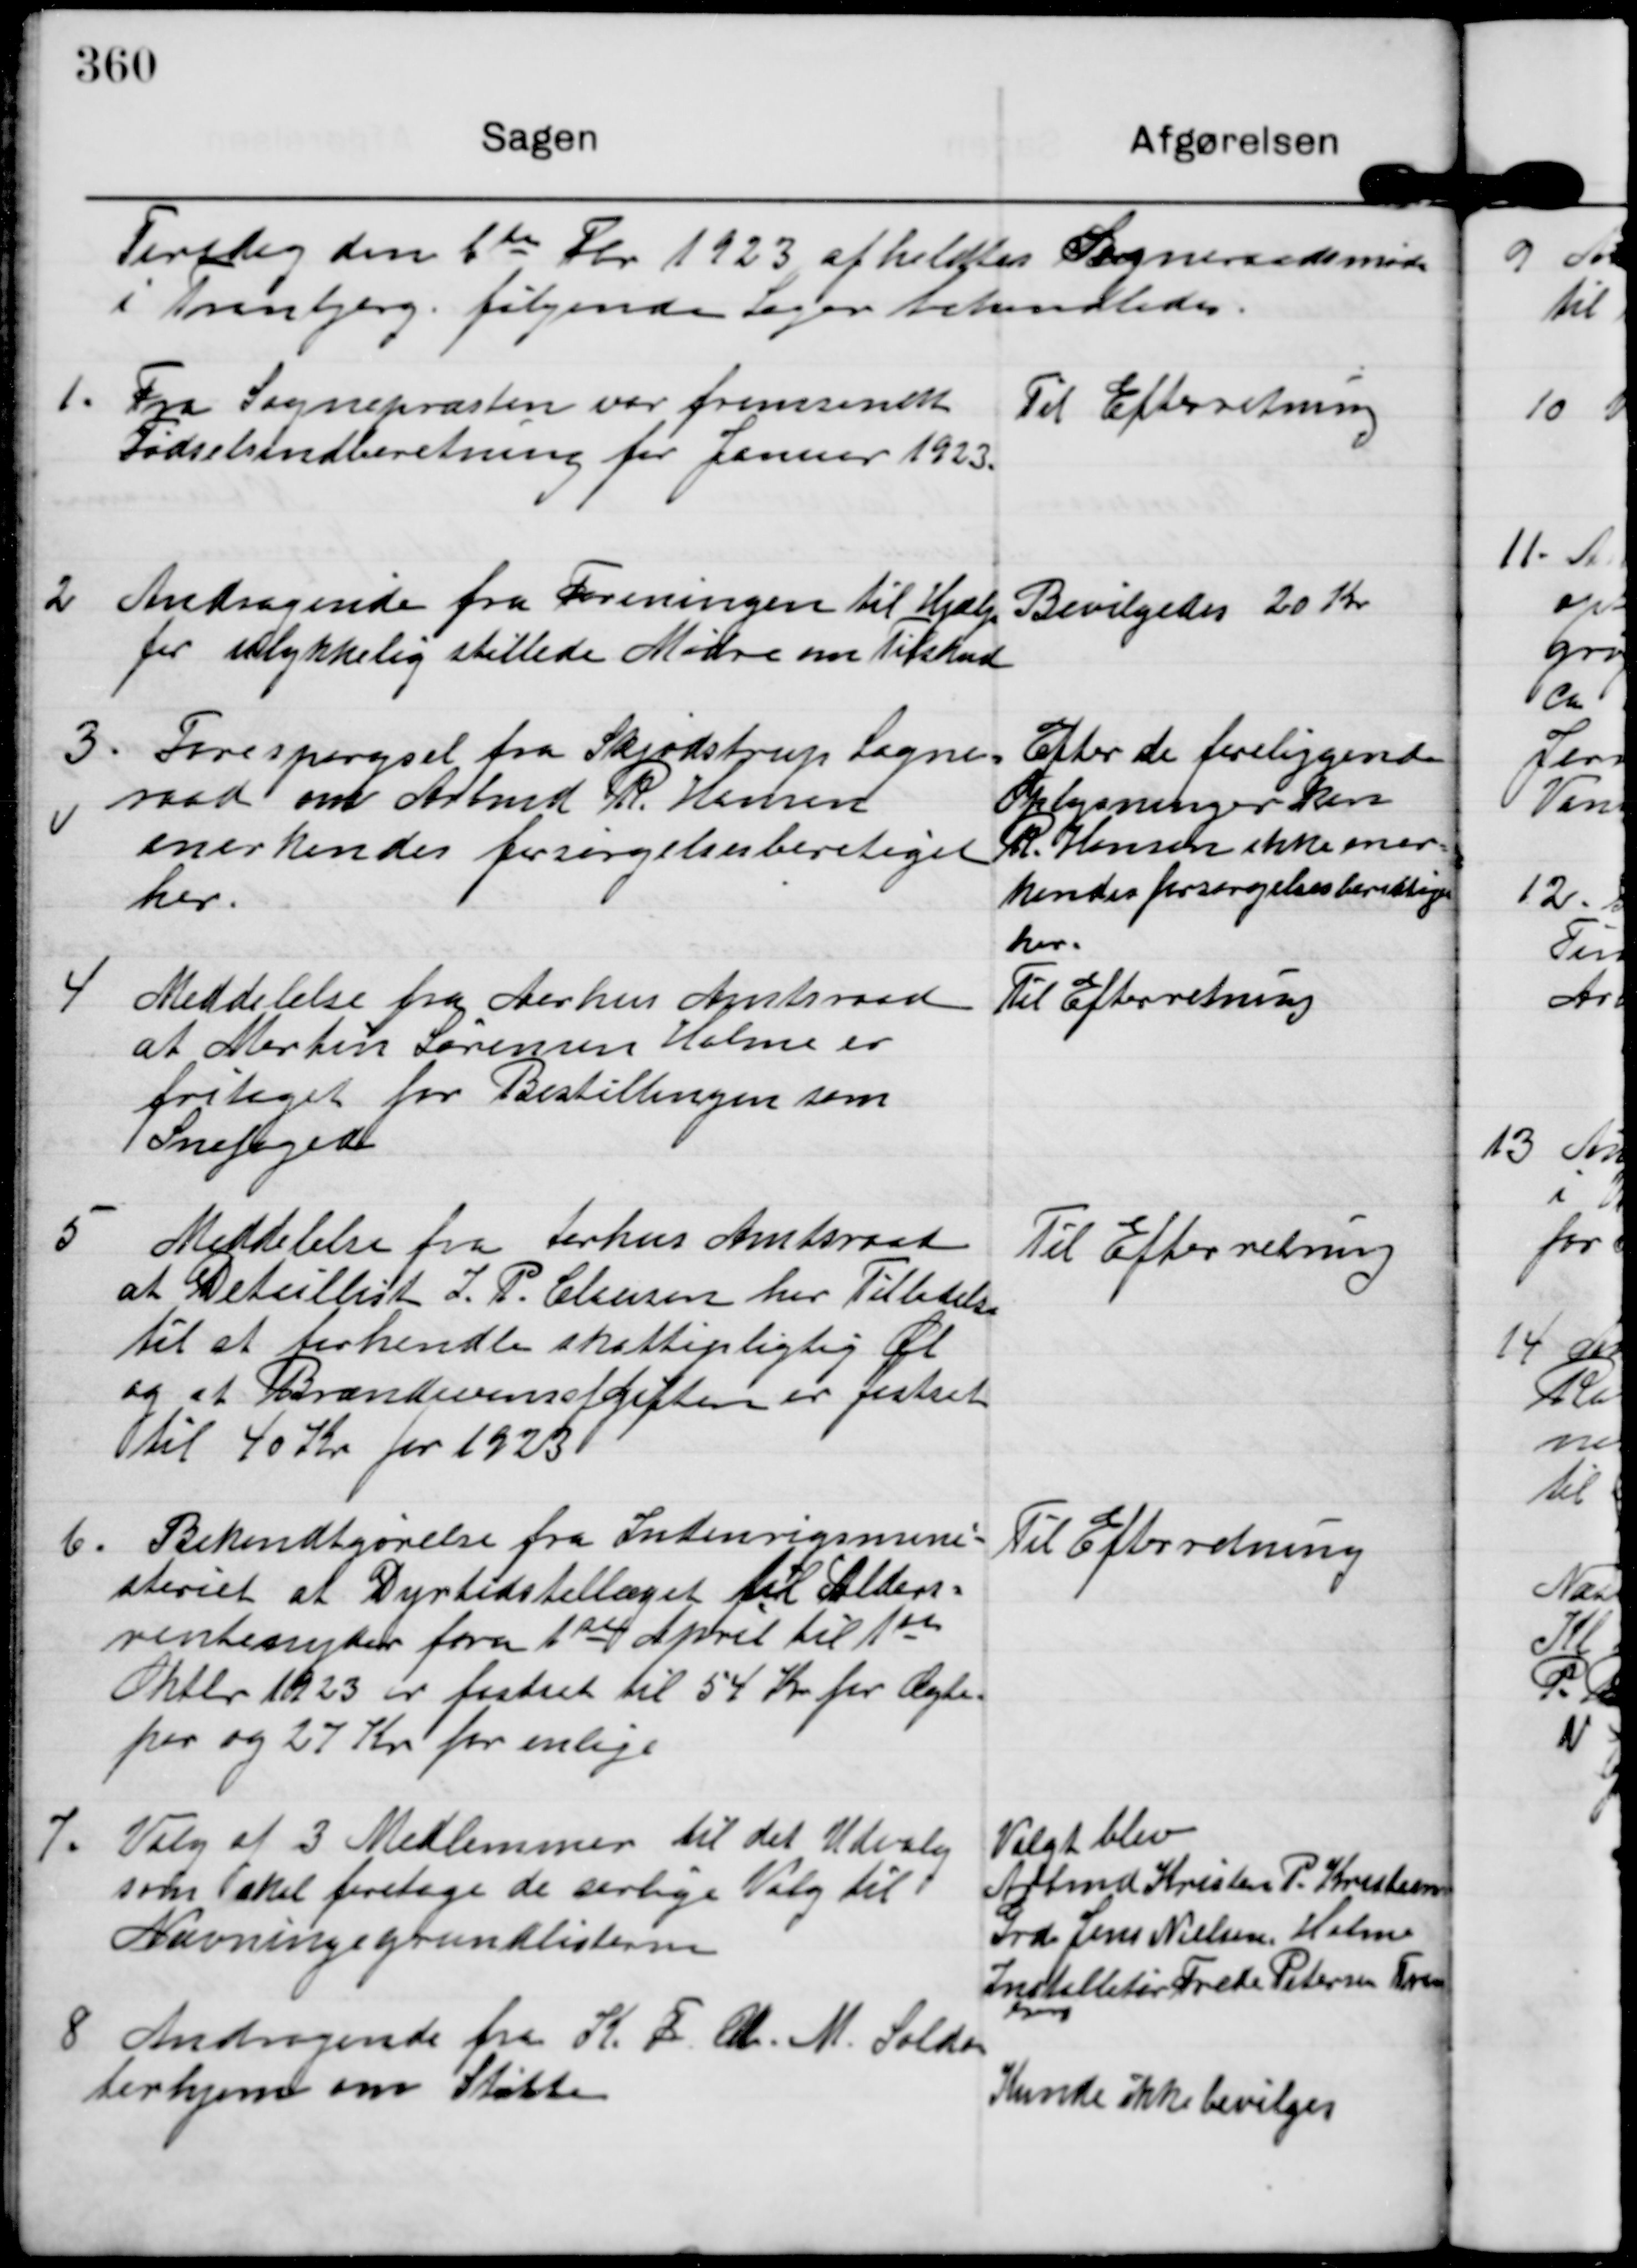
Transskription:
Torsdag den 1te Fbr. 1923 afholdtes Sogneraadsmøde
i Tranbjerg følgende Sager behandledes.

1. Fra Sognepræsten var fremsendt
Fødselsindberetning for Januar 1923.

Til Efterretning

2 Andragende fra Foreningen til Hjælp
for Ulykkelig stillede Mødre om Tilskud

Bevilgedes 20 Kr

3. Forespørgsel fra Skjødstrup Sogne-
raad om Arbmd R. Hansen
anerkendes forsørgelsesberetiget
her.

Efter de foreliggende
Oplysninger kan
R. Hansen ikke aner-
kendes forsørgelsesberettiget
her.

4 Meddelelse fra Aarhus Amtsraad
at Martin Sørensen Holme er
fritaget for Bestillingen som
Snefoged

Til Efterretning

5
Meddelelse fra Arhus Amtsraad
at Detaillist J. P. Clusen har Tilladelse
til at torhandle skattepligtig Øl
og at Brændevinssfgiften er fastsat
til 40 Kr for 1923

Til Efterretning

6. Bekendtgørelse fra Indenrigsmini-
steriet at Dyrtidstillæget til Alders-
rentenyder fra 1ste April til 1ste
Oktbr 1923 er fastsat til 54 Kr for Ægte-
par og 27 Kr for enlige

Til Efterretning

7. Valg af 3 Medlemmer til det Udvalg
som skal foretage de særlige Valg til
Nævningsgrundlisterne

Valgt blev
Arbmd Kristen P. Kristensen
Grd Jens Nielsen, Holme
Installatør Frede Petersen Tran-
bjerg

8 Andragende fra K. F. U. M. Solda-
terhjem om Støtte

Kunde ikke bevilges